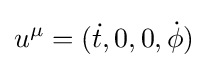
u^{\mu }=({\dot {t}},0,0,{\dot {\phi }})